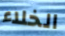
الخلاء